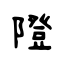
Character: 隥